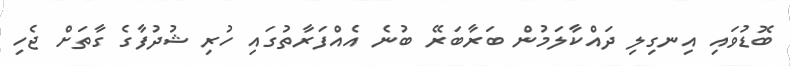
ބޮޑުވައި އިނގިލި ދައްކާލަމުން ބަރާބަރޭ ބުނެ އެއްފަރާތުގައި ހުރި ޝުދުފާގެ ގާތަށް ޖެހި